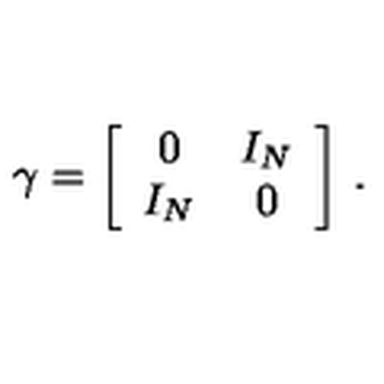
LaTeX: \gamma = \biggl [ \begin{array} { c c } { 0 } & { I _ { N } } \\ { I _ { N } } & { 0 } \\ \end{array} \biggr ] \ .